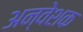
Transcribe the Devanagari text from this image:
अन्वेशक